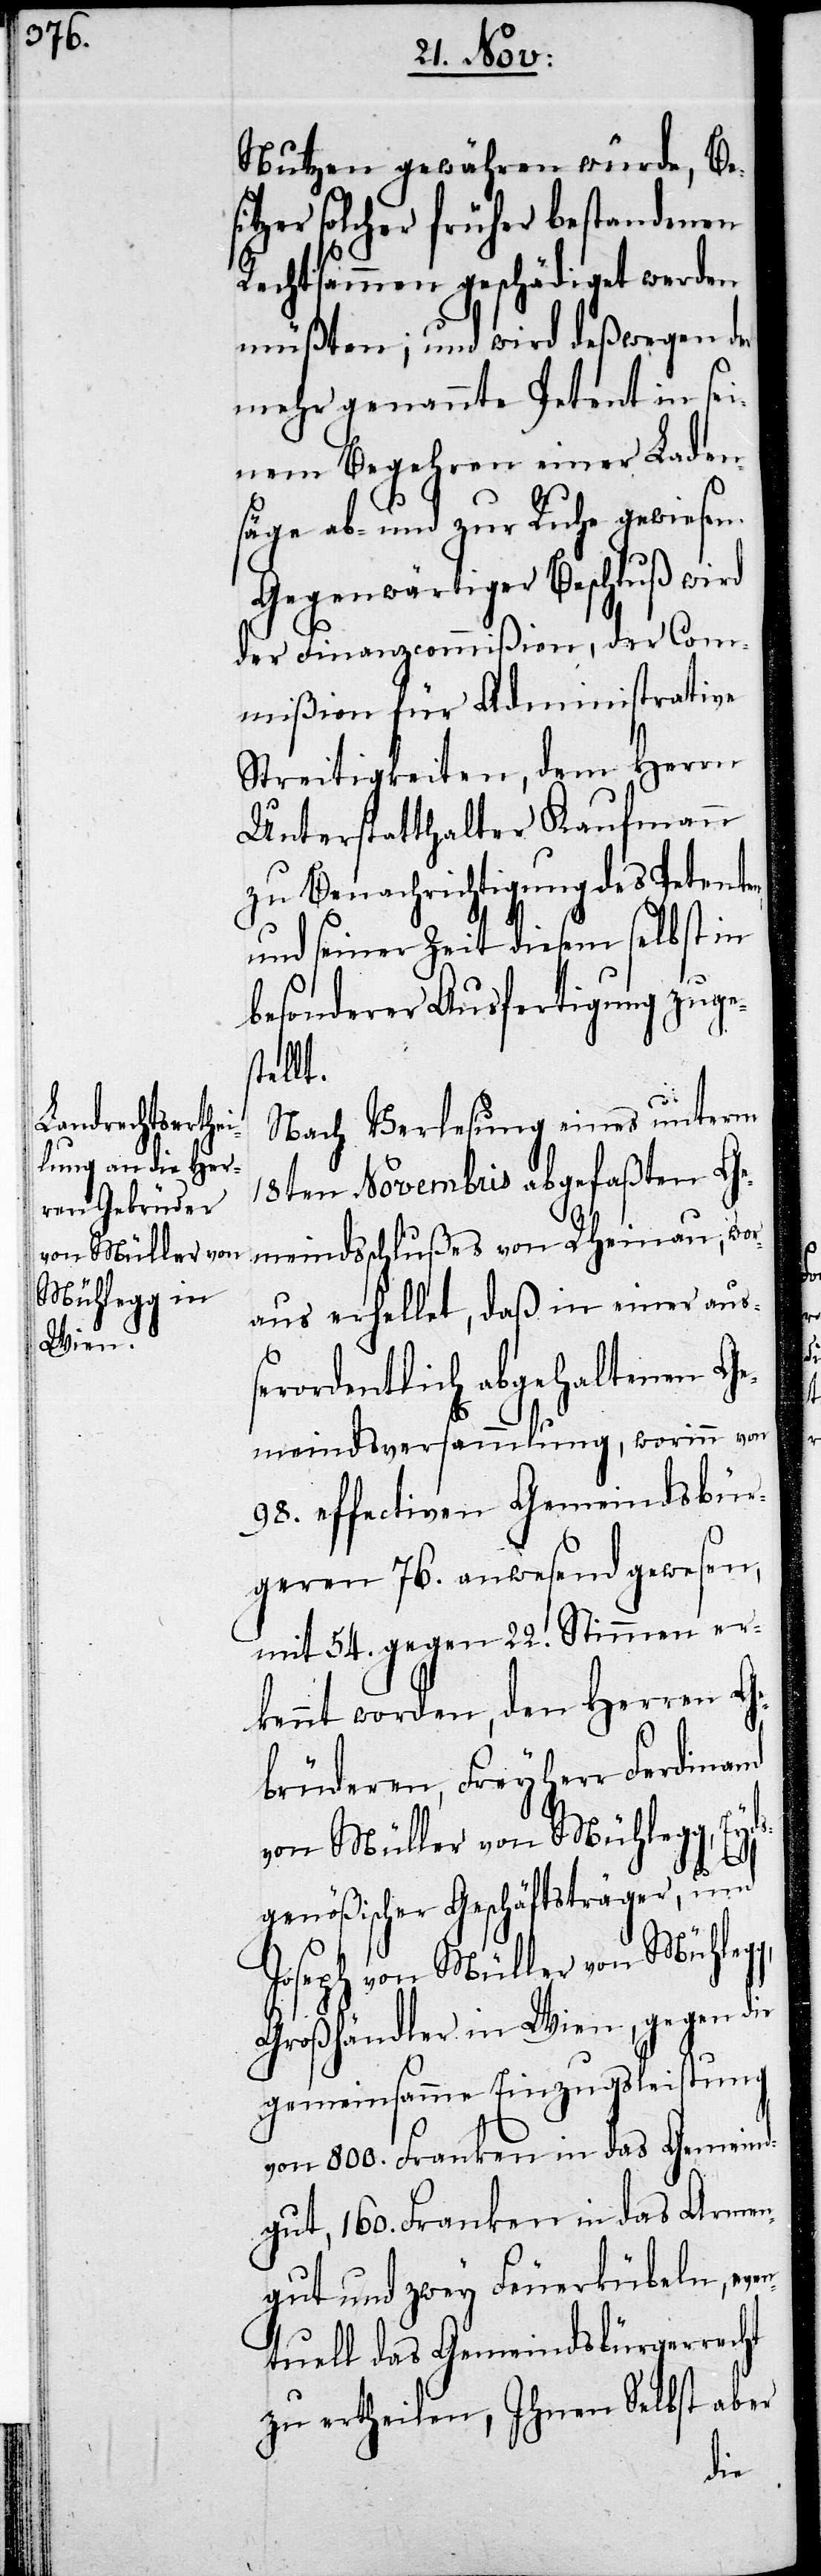
en,

Nutzen gewähren würde, Be¬
zer solcher früher bestandenen
Rechtsammen geschädiget werden
müßten; und wird deßwegen der
mehr genannte Petent in sei¬
nem Begehren einer Laden¬
säge ab- und zur Ruhe gewiesen.
Gegenwärtiger Beschluß wird
der Finanzcommißion, der Com¬
mißion für Administrative
Streitigkeiten, dem Herrn
Unterstatthalter Kaufmann
zu Benachrichtigung des Petent¬
und seiner Zeit diesem selbst in
besonderer Ausfertigung zuge¬
stellt.
Nach Verlesung eines unterm
18ten Novembris abgefaßten Ge¬
meindsbeschlußes von Rheinau, wor¬
aus erhellet, daß in einer auß¬
erordentlich abgehaltenen Ge¬
meindsversammlung, worinn von
98. effectiven Gemeindsbür¬
geren 76. anwesend gewesen,
mit 54. gegen 22. Stimmen er¬
kennt worden, den Herren Ge¬
brüderen, Freyherr Ferdinand
von Müller von Mühlegg, Ey¬
dsgenößischer Geschäftsträger, und
Joseph von Müller von Mühlegg,
Großhändler in Wien, gegen die
gemeinsame Einzugsleistung
von 800. Franken in das Gemeinds¬
gut, 160. Franken in das Armen¬
gut und zwey Feuerkübeln, eve¬
ntuell das Gemeindsbürgerrecht
zu ertheilen, Ihnen Selbst aber